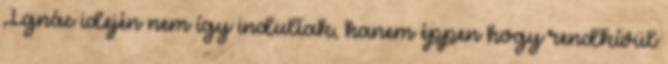
Ignác idején nem így indultak, hanem éppen hogy rendkívül